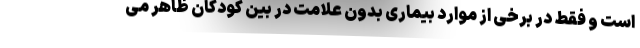
است و فقط در برخی از موارد بیماری بدون علامت در بین کودکان ظاهر می